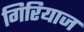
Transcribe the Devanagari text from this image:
गिरियाज